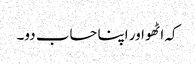
کہ اٹھو اور اپنا حساب دو۔